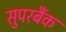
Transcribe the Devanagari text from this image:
सुपरबैंक